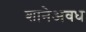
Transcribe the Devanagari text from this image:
शानेअवध